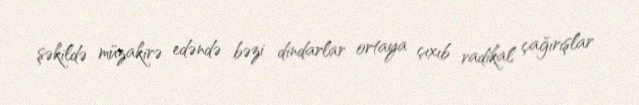
şəkildə müzakirə edəndə bəzi dindarlar ortaya çıxıb radikal çağırışlar